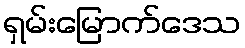
ရှမ်းမြောက်ဒေသ